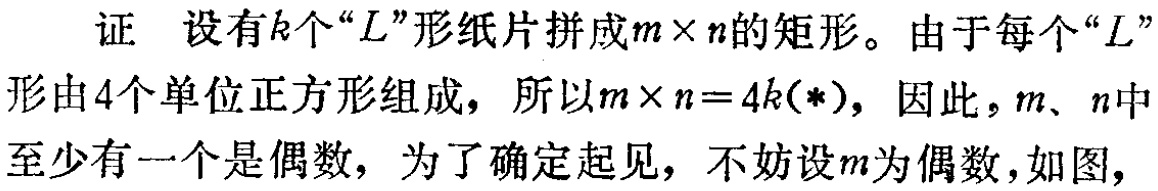
证 设有\(k\)个“\(L\)”形纸片拼成\(m\times n\)的矩形。由于每个“\(L\)”形由\(4\)个单位正方形组成，所以\(m\times n = 4k(*)\)，因此，\(m\)、\(n\)中至少有一个是偶数，为了确定起见，不妨设\(m\)为偶数，如图，